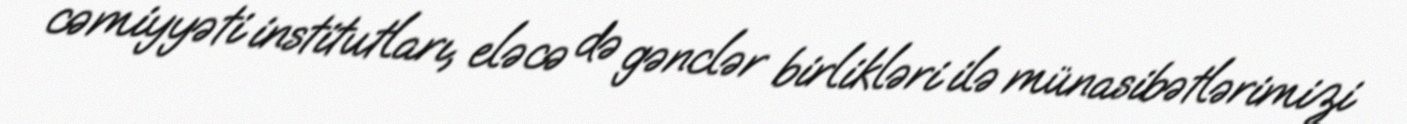
cəmiyyəti institutları, eləcə də gənclər birlikləri ilə münasibətlərimizi